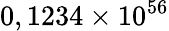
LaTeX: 0,1234\times 10^{56}